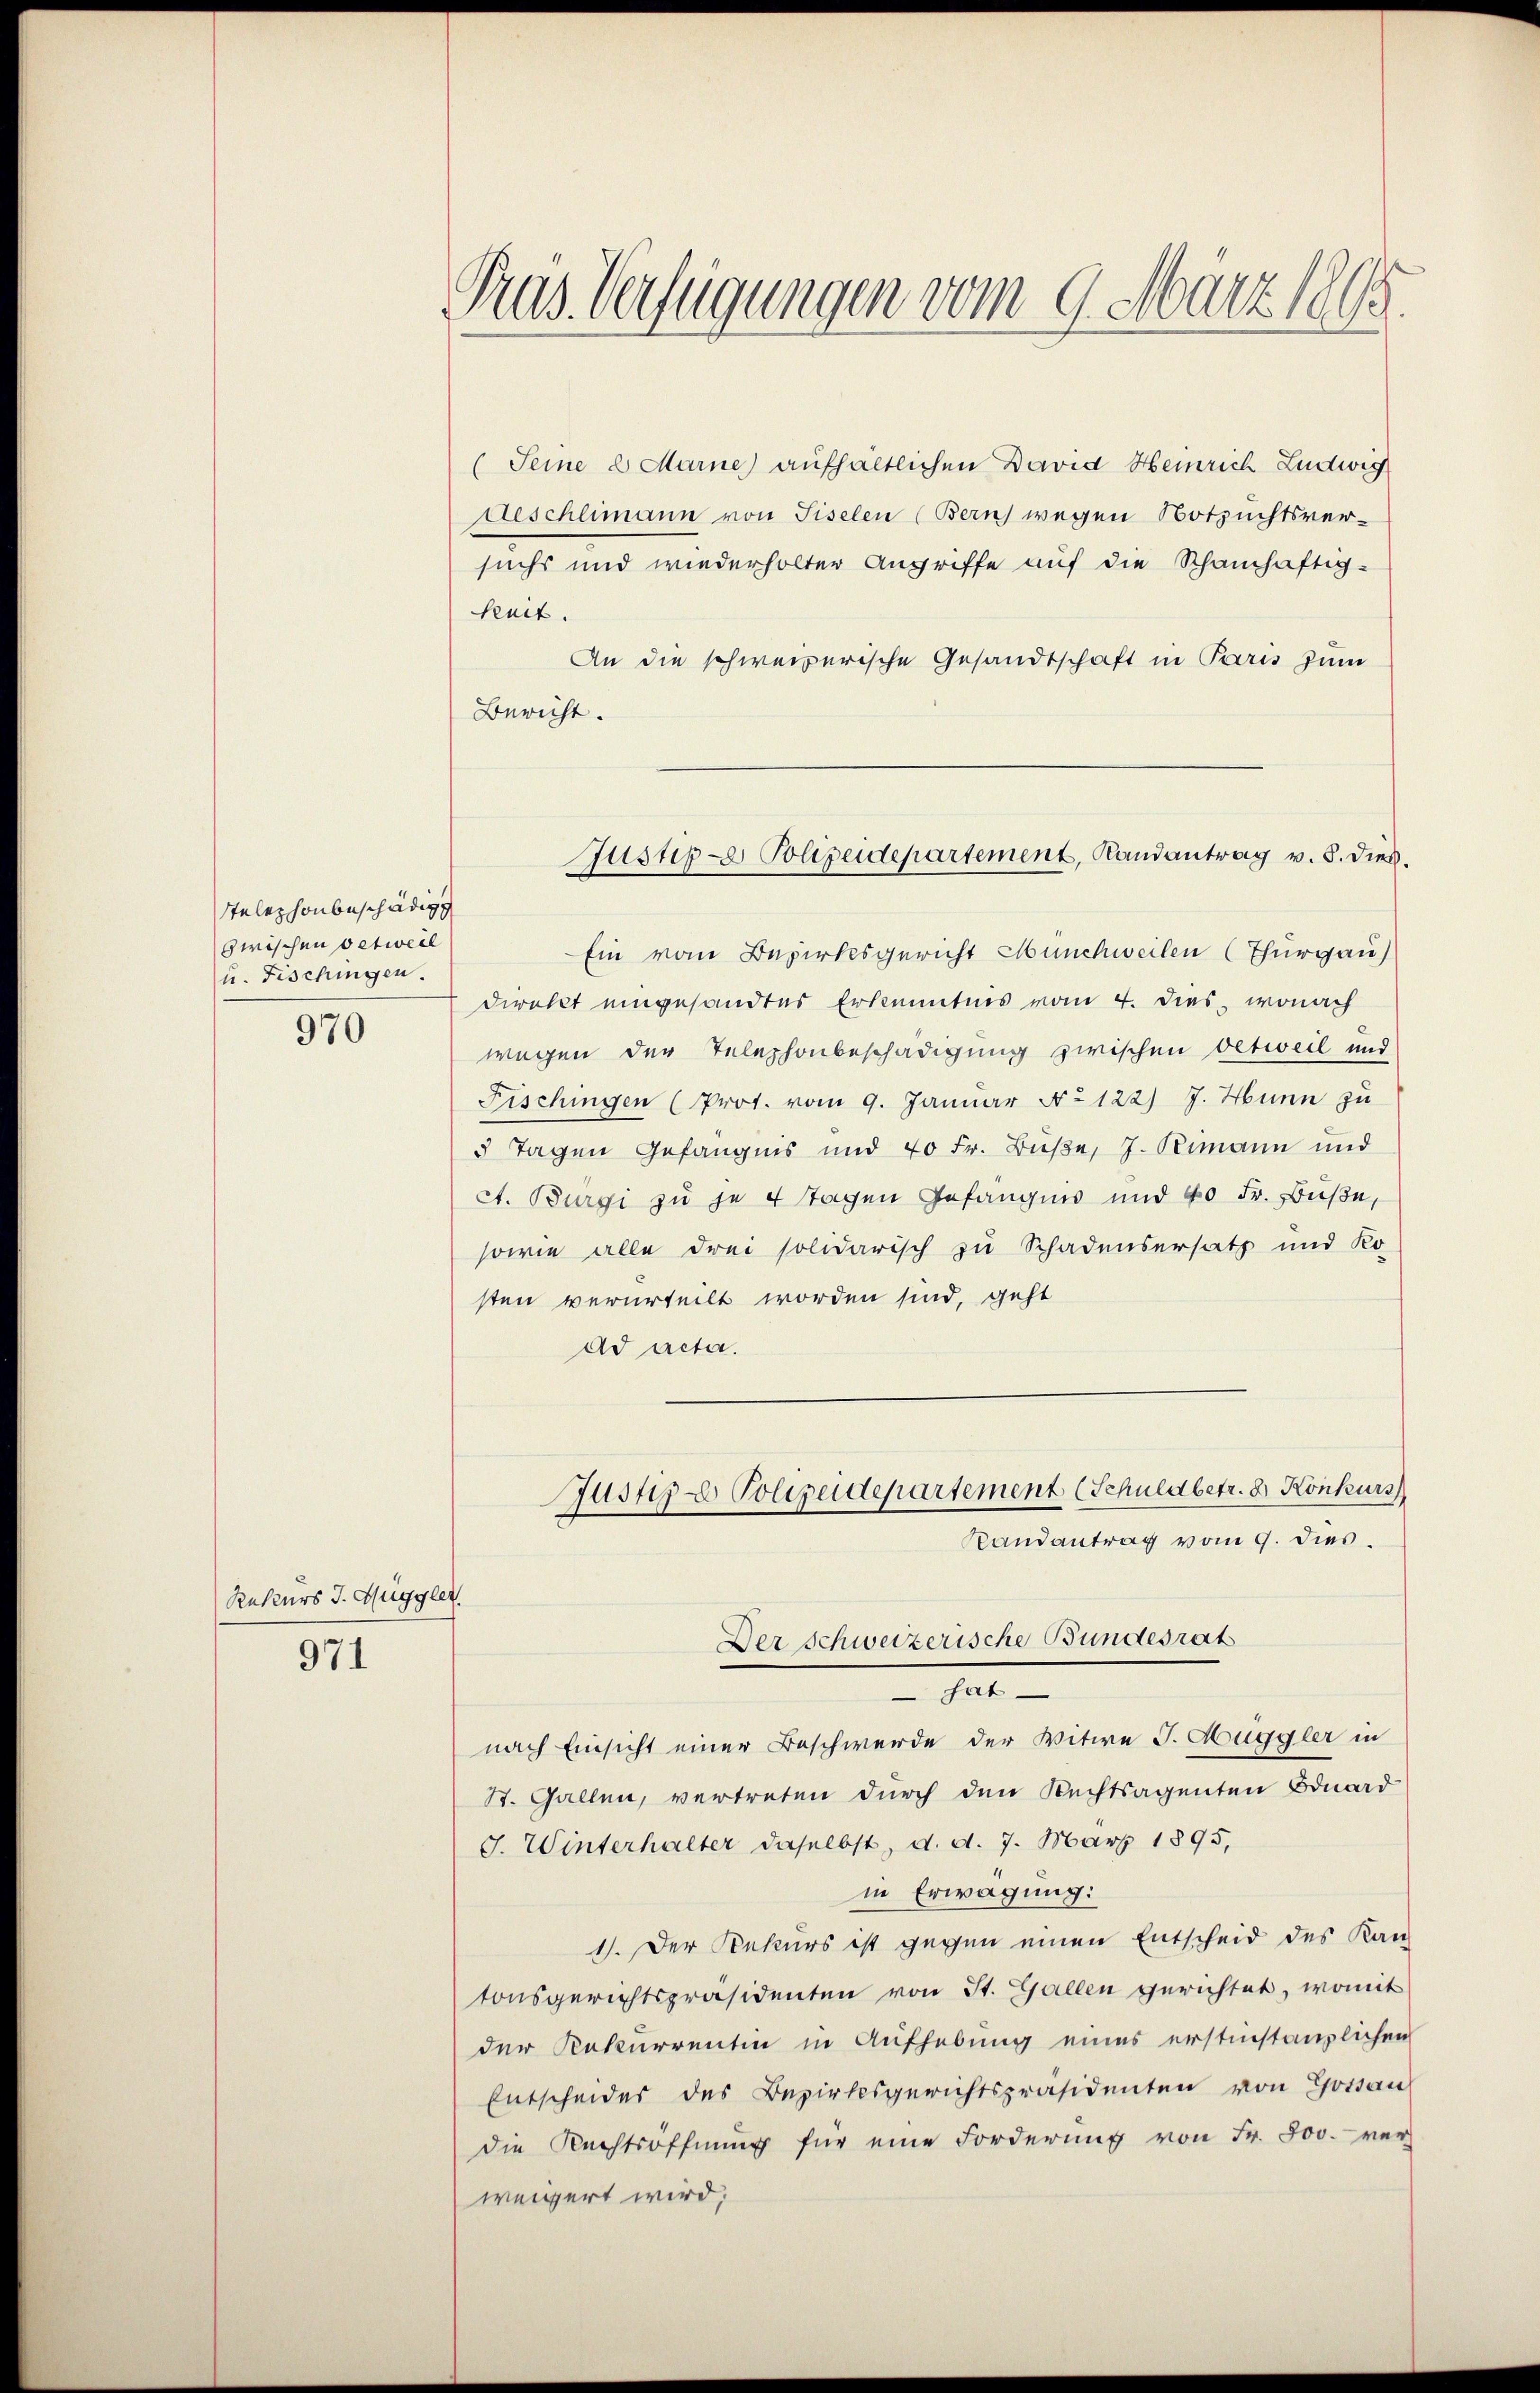
Telephonbeschädige
zwischen Oetweil
u. Fischingen
970

Rekurs J. Gugg

971

Pras Verfügungen vom 9. März 1865.

(Seine 2 Marne aufhältlichen David Heinrich Ludwig
Aeschlimann von Liselen (Bern) wegen Notzuchtsver-
suchs und wiederholter Angriffe auf die Schanhaftig-
kuit.
An die schweizerische Gesandtschaft in Paris zum
Bericht.
Ein vom Bezirksgericht Münchweilen (Thurgau)
direkt eingesandtes Erkenntnis vom 4. dies, wonach
wegen der Telephonbeschädigung zwischen Oetweil und
Fischingen (Prot. vom 9. Januar No 122) J. Hunn zu
5 Tagen Gefängnis und 40 Fr. Buße, J. Rimann und
ct. Bürgi zu je 4 Tagen Gefängnis und 40 Fr. Buße,
sowie alle drei solidarisch zu Schadensersatz und Ko-
sten verurteilt worden sind, geht
ad acta.
Justiz - Polizeidepartement (Schuldbetr. 8. Konkurs
Randantrag vom 9. dies
plet.
Der Schweizerische Bundesrat
sat
nach Einsicht einer Beschwerde der Witwe J. Huggler in
St. Gallen, vertreten durch den Rechtsagenten Eduard
J. Winterhalter daselbst, d. d. 7. März 1895,
in Erwägung:
1). Der Rekurs ist gegen einen Entscheid des Kan
tonsgerichtspräsidenten von St. Gallen gerichtet, womit
der Rekurrentin in Aufhebung eines erstinstanzlichen
Entscheider des Bezirksgerichtspräsidenten von Gotsau
die Rechtsoffnung für eine Forderung von Fr. 800. ver-
weigert wird;

Jushp- Polizeidepartement, Randantrag v. 5. dieß.